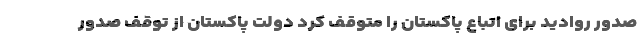
صدور روادید برای اتباع پاکستان را متوقف کرد دولت پاکستان از توقف صدور